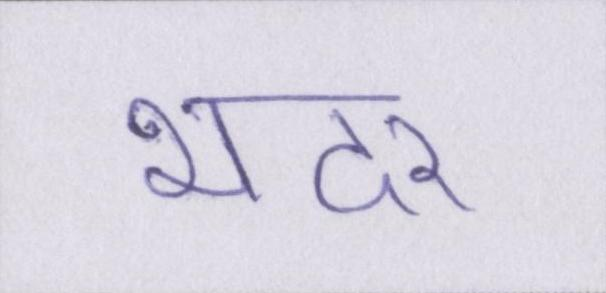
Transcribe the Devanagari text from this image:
भदर